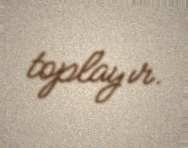
toplayır.